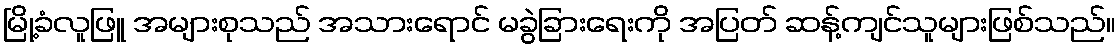
မြို့ခံလူဖြူ အများစုသည် အသားရောင် မခွဲခြားရေးကို အပြတ် ဆန့်ကျင်သူများဖြစ်သည်။